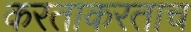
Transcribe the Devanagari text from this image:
करताकरताच